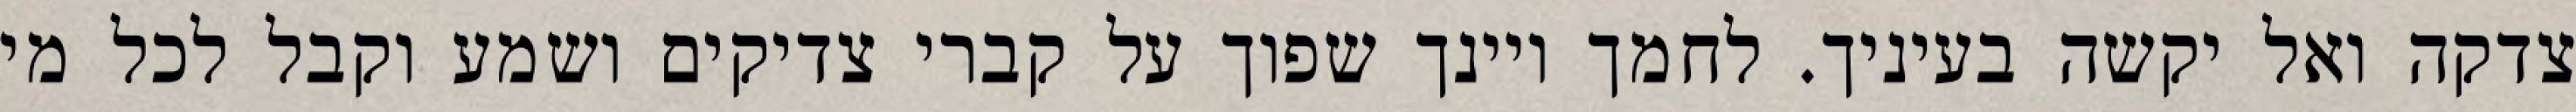
צדקה ואל יקשה בעיניך. לחמך ויינך שפוך על קברי צדיקים ושמע וקבל לכל מי